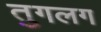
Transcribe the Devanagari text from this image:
तुगलग